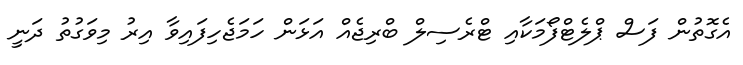
އެގޮތުން ފަސް ޕްލެޓްފޯމަކާއި ޓްރެސިލް ބްރިޖެއް އަޅަން ހަމަޖެހިފައިވާ އިރު މިވަގުތު ދަނީ